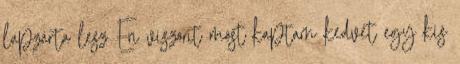
lapzárta lesz Én viszont most kaptam kedvet egy kis